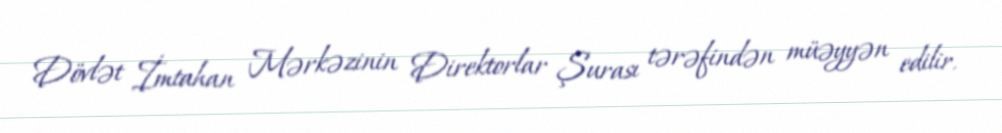
Dövlət İmtahan Mərkəzinin Direktorlar Şurası tərəfindən müəyyən edilir.